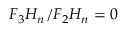
F _ { 3 } H _ { n } / F _ { 2 } H _ { n } = 0